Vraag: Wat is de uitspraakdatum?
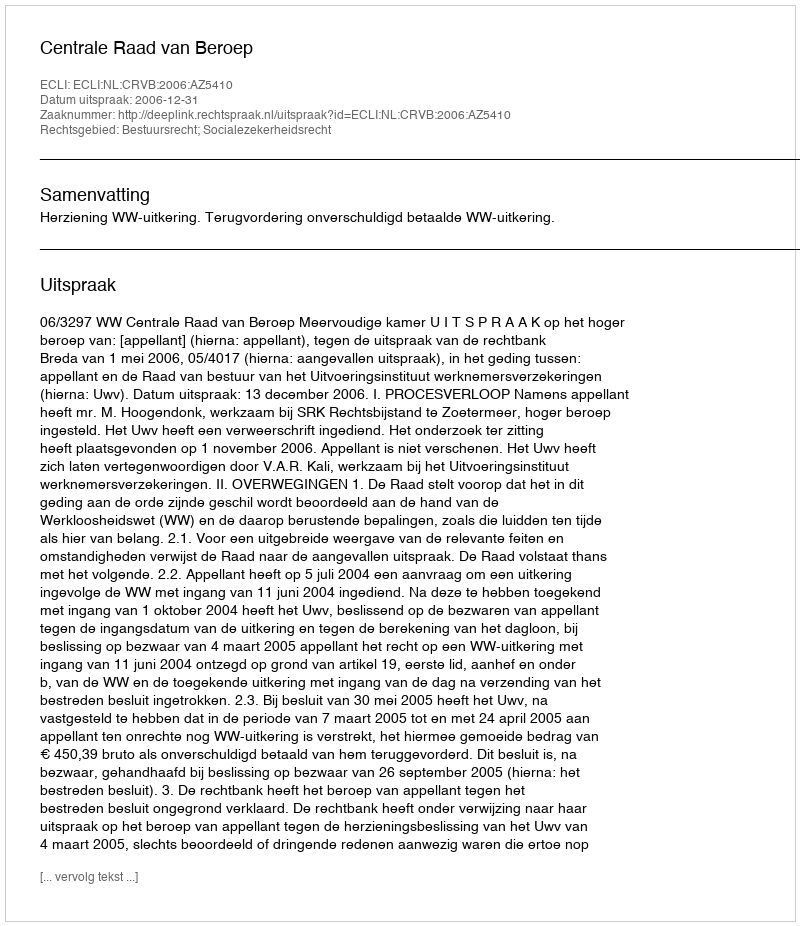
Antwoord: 2006-12-31